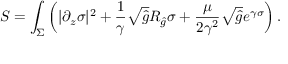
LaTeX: S = \int _ { \Sigma } \left( | \partial _ { z } \sigma | ^ { 2 } + { \frac { 1 } { \gamma } } \sqrt { \hat { g } } R _ { \hat { g } } \sigma + { \frac { \mu } { 2 \gamma ^ { 2 } } } \sqrt { \hat { g } } e ^ { \gamma \sigma } \right) .